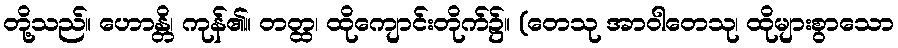
တို့သည်။ ဟောန္တိ၊ ကုန်၏။ တတ္ထ၊ ထိုကျောင်းတိုက်၌။ (တေသု အာဝါတေသု၊ ထိုများစွာသော